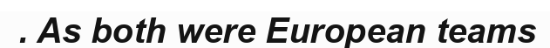
. As both were European teams